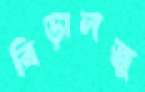
বিড়ালজু